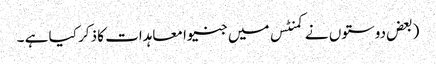
(بعض دوستوں نے کمنٹس میں جنیوا معاہدات کا ذکر کیا ہے ۔